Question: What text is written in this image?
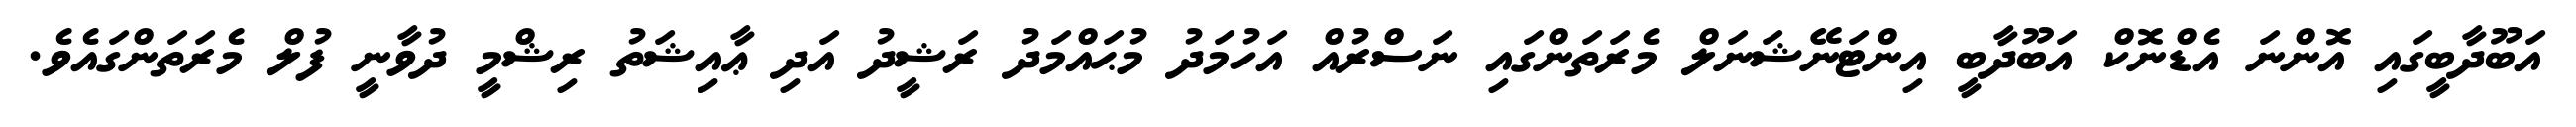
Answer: އަބޫދާބީގައި އޮންނަ އެޑްނޮކް އަބޫދާބީ އިންޓަނޭޝަނަލް މެރަތަންގައި ނަސްރުއް އަހުމަދު މުޙައްމަދު ރަޝީދު އަދި ޢާއިޝަތު ރިޝްމީ ދުވާނީ ފުލް މެރަތަންގައެވެ.